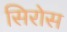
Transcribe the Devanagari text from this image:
सिरोस